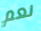
نعم